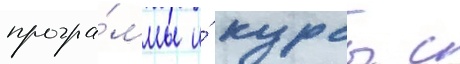
програ́ммы и́ курсы с